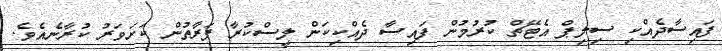
ފައިސާދެއްކި ސިލިޕް އެޓޭޗް ކުރުމުން ފައިސާ ދެއްކިކަން ލީސްކުރާ ފަރާތުން ކަށަވަރު ކުރާނެއެވެ.